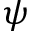
\boldsymbol { \psi }